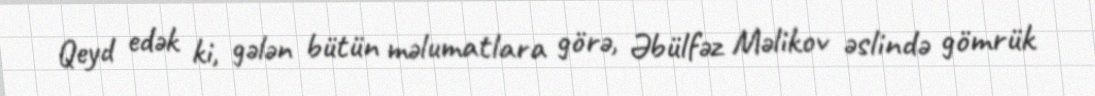
Qeyd edək ki, gələn bütün məlumatlara görə, Əbülfəz Məlikov əslində gömrük